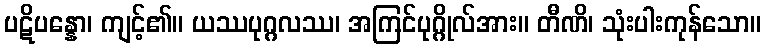
ပဋိပန္နော၊ ကျင့်၏။ ယဿပုဂ္ဂလဿ၊ အကြင်ပုဂ္ဂိုလ်အား။ တီဏိ၊ သုံးပါးကုန်သော။